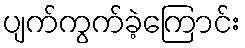
ပျက်ကွက်ခဲ့ကြောင်း